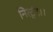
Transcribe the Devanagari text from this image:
निरद्वंद।।